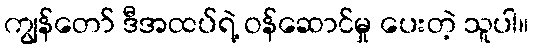
ကျွန်တော် ဒီအထပ်ရဲ့ ဝန်ဆောင်မှု ပေးတဲ့ သူပါ။